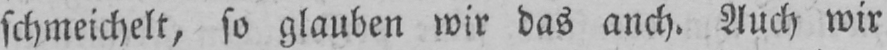
schmeichelt, so glauben wir das anch. Auch wir